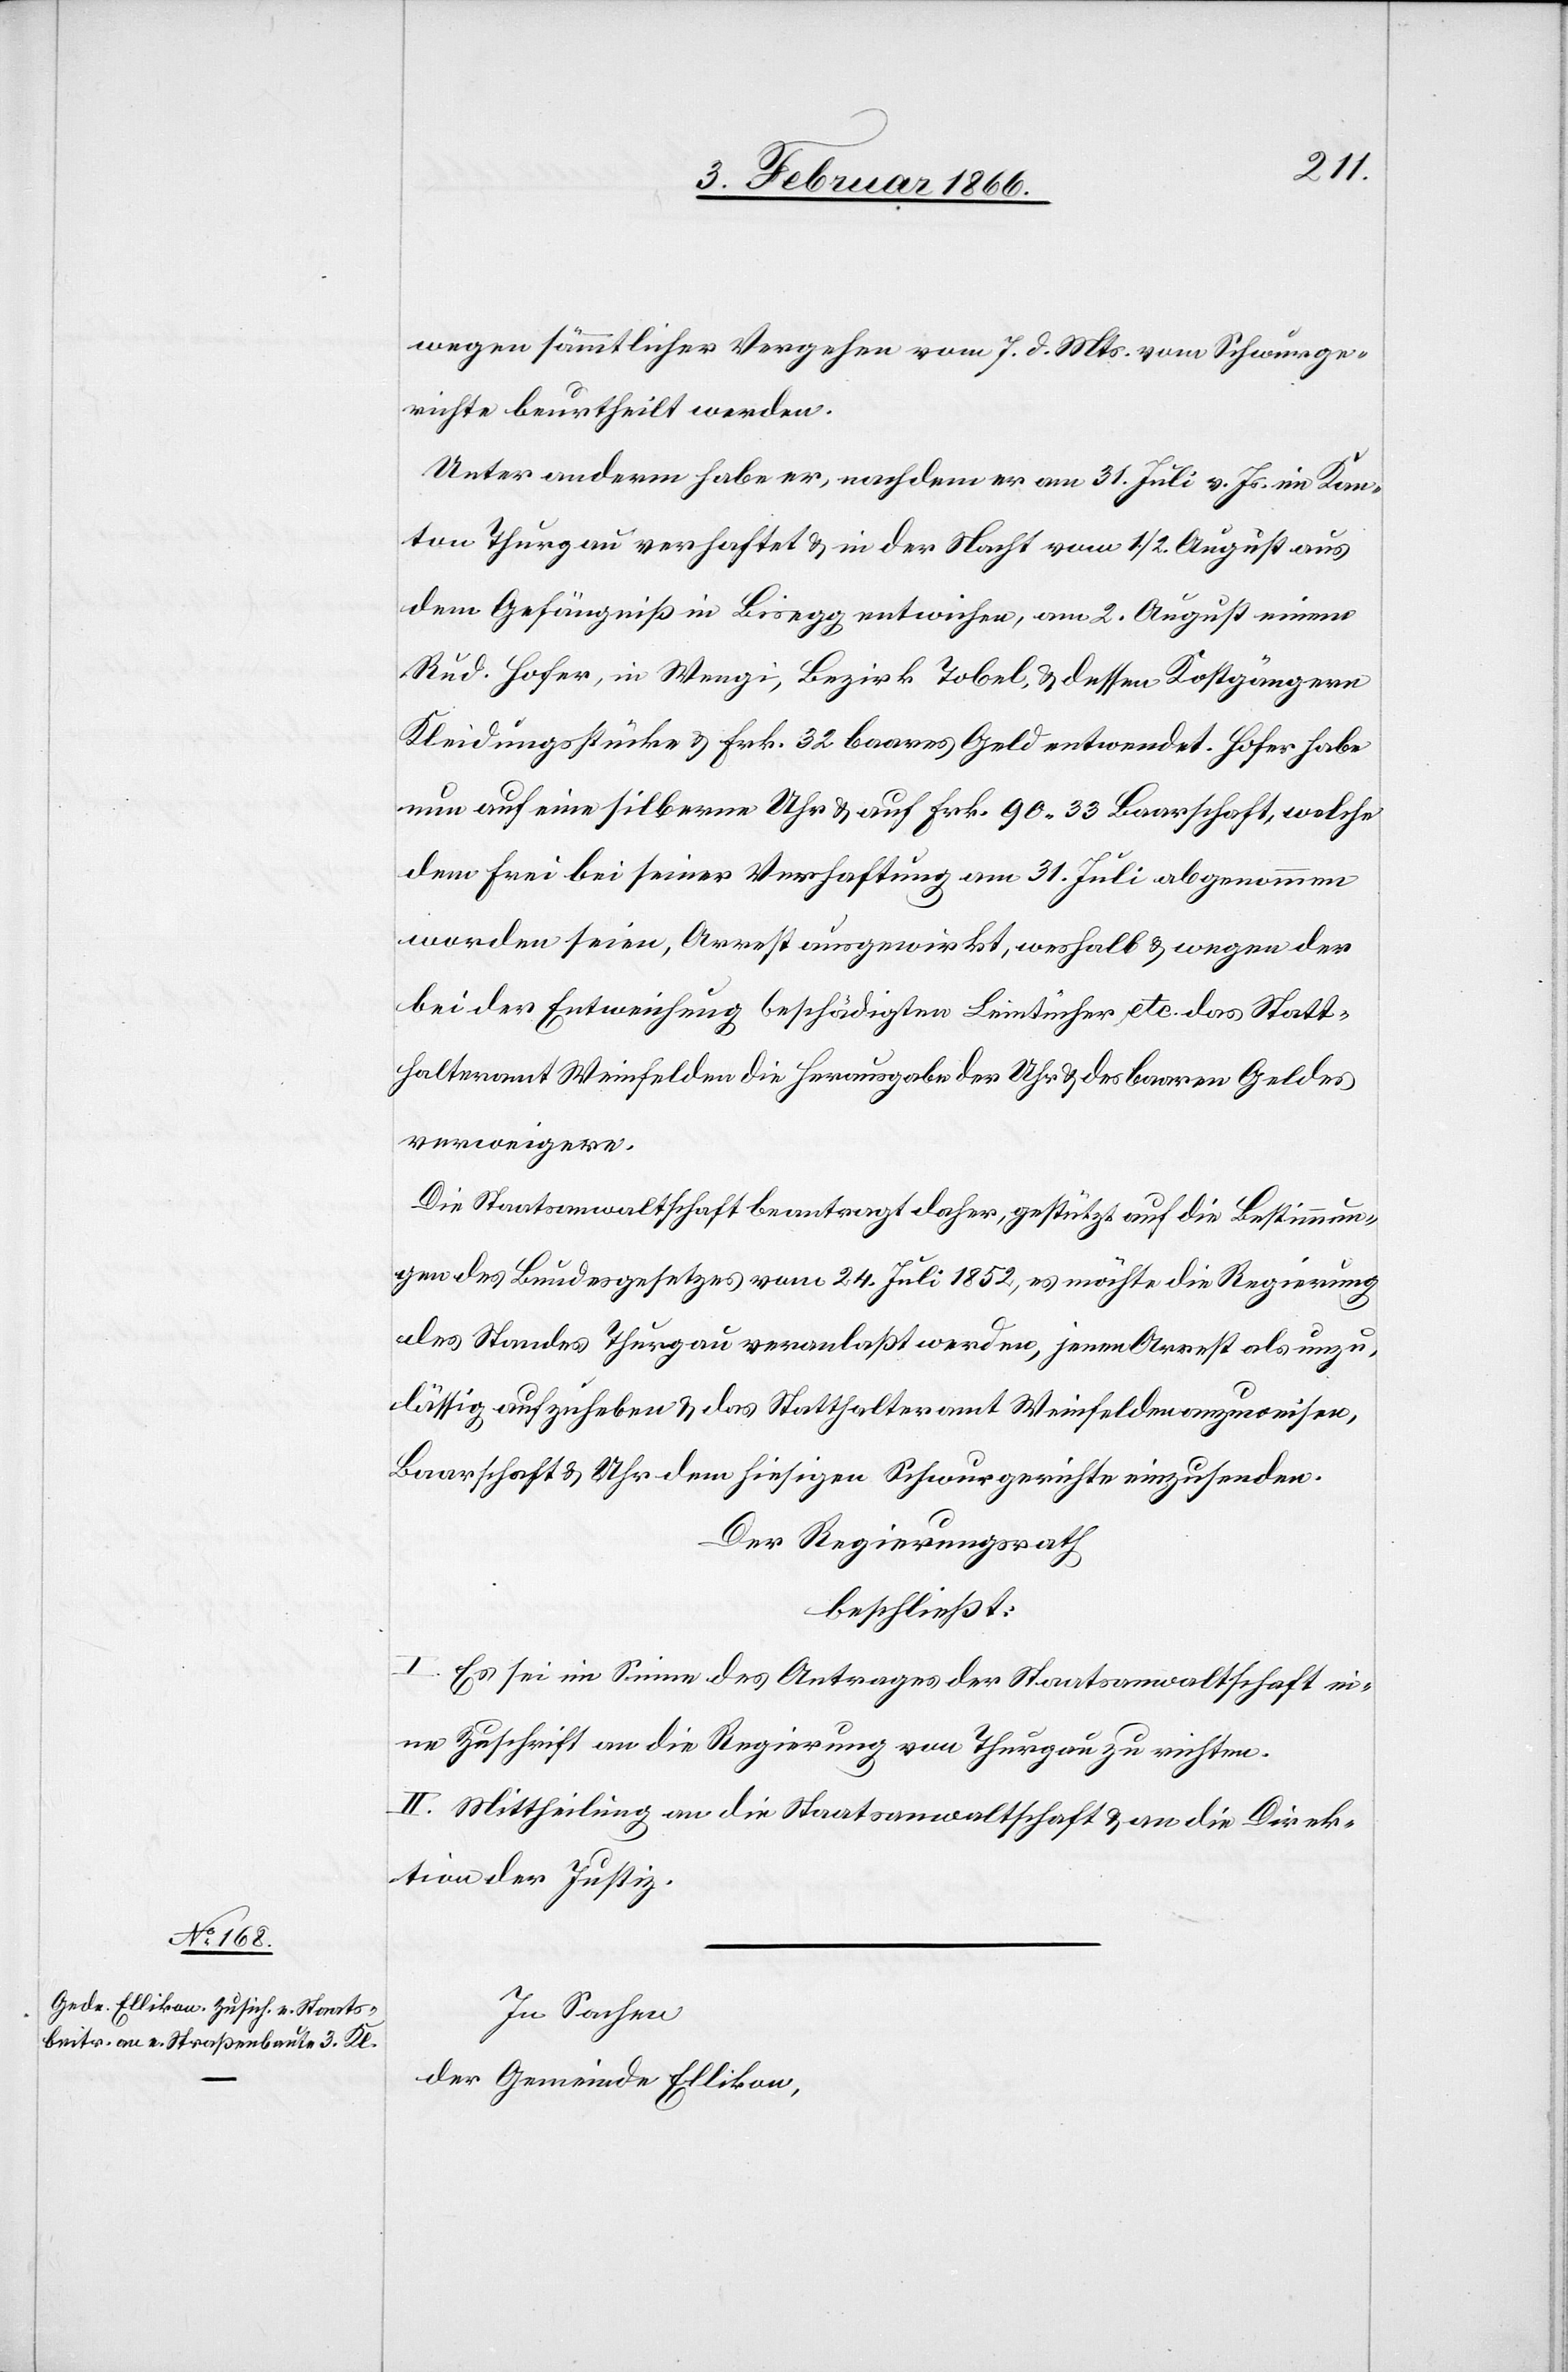
wegen sämmtlicher Vergehen vom 7. d. Mts. vom Schwurge¬
richte beurtheilt werden.
Unter anderm habe er, nachdem er am 31. Juli v. Js. im Kan¬
ton Thurgau verhaftet u. in der Nacht vom 1./2. August aus
dem Gefängniß in Bisegg entwichen, am 2. August einem
Rud. Hofer, in Wengi, Bezirk Tobel u. dessen Kostgängern
Kleidungsstücke u. Frk. 32 baares Geld entwendet. Hofer habe
nun auf eine silberne Uhr u. auf Frk. 90,33 Baarschaft, welche
dem Frei bei seiner Verhaftung am 31. Juli abgenommen
worden seien, Arrest ausgewirkt, weshalb u. wegen der
bei der Entweichung beschädigten Leintücher etc. das Statt¬
halteramt Weinfelden die Herausgabe der Uhr u. des baaren Geldes
verweigere.
Die Staatsanwaltschaft beantragt daher, gestützt auf die Bestimmun¬
gen des Bundesgesetzes vom 24. Juli 1852, es möchte die Regierung
des Standes Thurgau veranlaßt werden, jenen Arrest als unzu¬
lässig aufzuheben u. das Statthalteramt Weinfelden anzuweisen,
Baarschaft u. Uhr dem hiesigen Schwurgerichte einzusenden.
Der Regierungsrath
beschließt:
I. Es sei im Sinne des Antrages der Staatsanwaltschaft ei¬
ne Zuschrift an die Regierung von Thurgau zu richten.
II. Mittheilung an die Staatsanwaltschaft u. an die Direk¬
tion der Justiz.
In Sachen
der Gemeinde Ellikon,